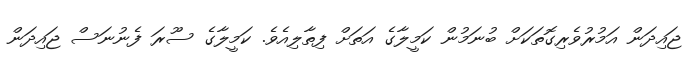
ޖައިދަން އަމުރުވެރިގޮތަކަށް ބުނަމުން ކަމީލާގެ އަތަށް ފިތާލިއެވެ. ކަމީލާގެ ސޫރަ ފެނުނަސް ޖައިދަން